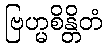
ဗြဟ္မစိန္တိတံ